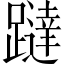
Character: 躂